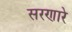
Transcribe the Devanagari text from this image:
सरणारे